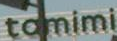
tomimi